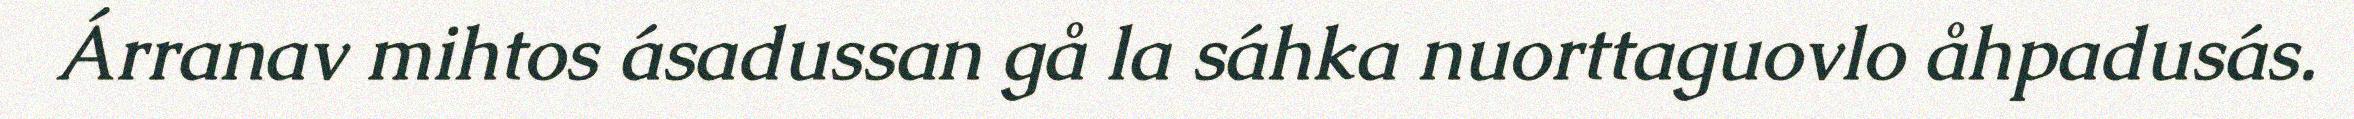
Árranav mihtos ásadussan gå la sáhka nuorttaguovlo åhpadusás.